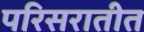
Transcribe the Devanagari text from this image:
परिसरातीत